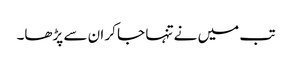
تب میں نے تنہا جا کر ان سے پڑھا۔